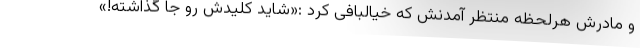
و مادرش هرلحظه منتظر آمدنش که خیالبافی کرد :«شاید کلیدش رو جا گذاشته!»